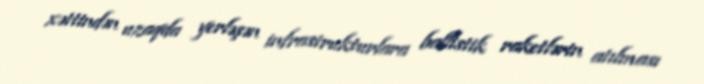
xəttindən uzaqda yerləşən infrastrukturlara ballistik raketlərin atılması